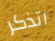
اتذكر